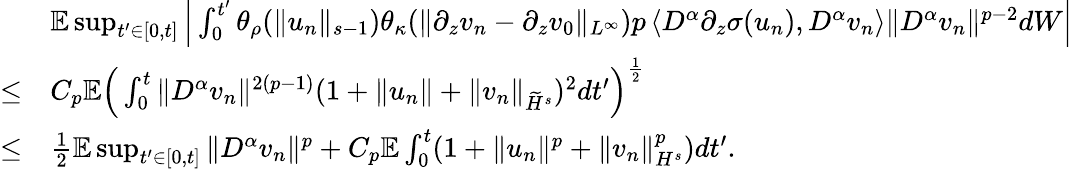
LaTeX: \begin{array}{rl}&{\mathbb E\operatorname*{sup}_{t^{\prime}\in[0,t]}\Big|\int_{0}^{t^{\prime}}\theta_{\rho}(\| u_{n}\| _{s-1})\theta_{\kappa}(\| \partial_{z}v_{n}-\partial_{z}v_{0}\| _{L^{\infty}})p\left\langle D^{\alpha}\partial_{z}\sigma(u_{n}),D^{\alpha}v_{n}\right\rangle\| D^{\alpha}v_{n}\| ^{p-2}dW\Big|}\\ {\leq}&{C_{p}\mathbb E\Big(\int_{0}^{t}\| D^{\alpha}v_{n}\| ^{2(p-1)}(1+\| u_{n}\| +\| v_{n}\| _{\widetilde H^{s}})^{2}dt^{\prime}\Big)^{\frac 12}}\\ {\leq}&{\frac 12\mathbb E\operatorname*{sup}_{t^{\prime}\in[0,t]}\| D^{\alpha}v_{n}\| ^{p}+C_{p}\mathbb E\int_{0}^{t}(1+\| u_{n}\| ^{p}+\| v_{n}\| _{H^{s}}^{p})dt^{\prime}.}\end{array}